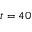
t = 4 0